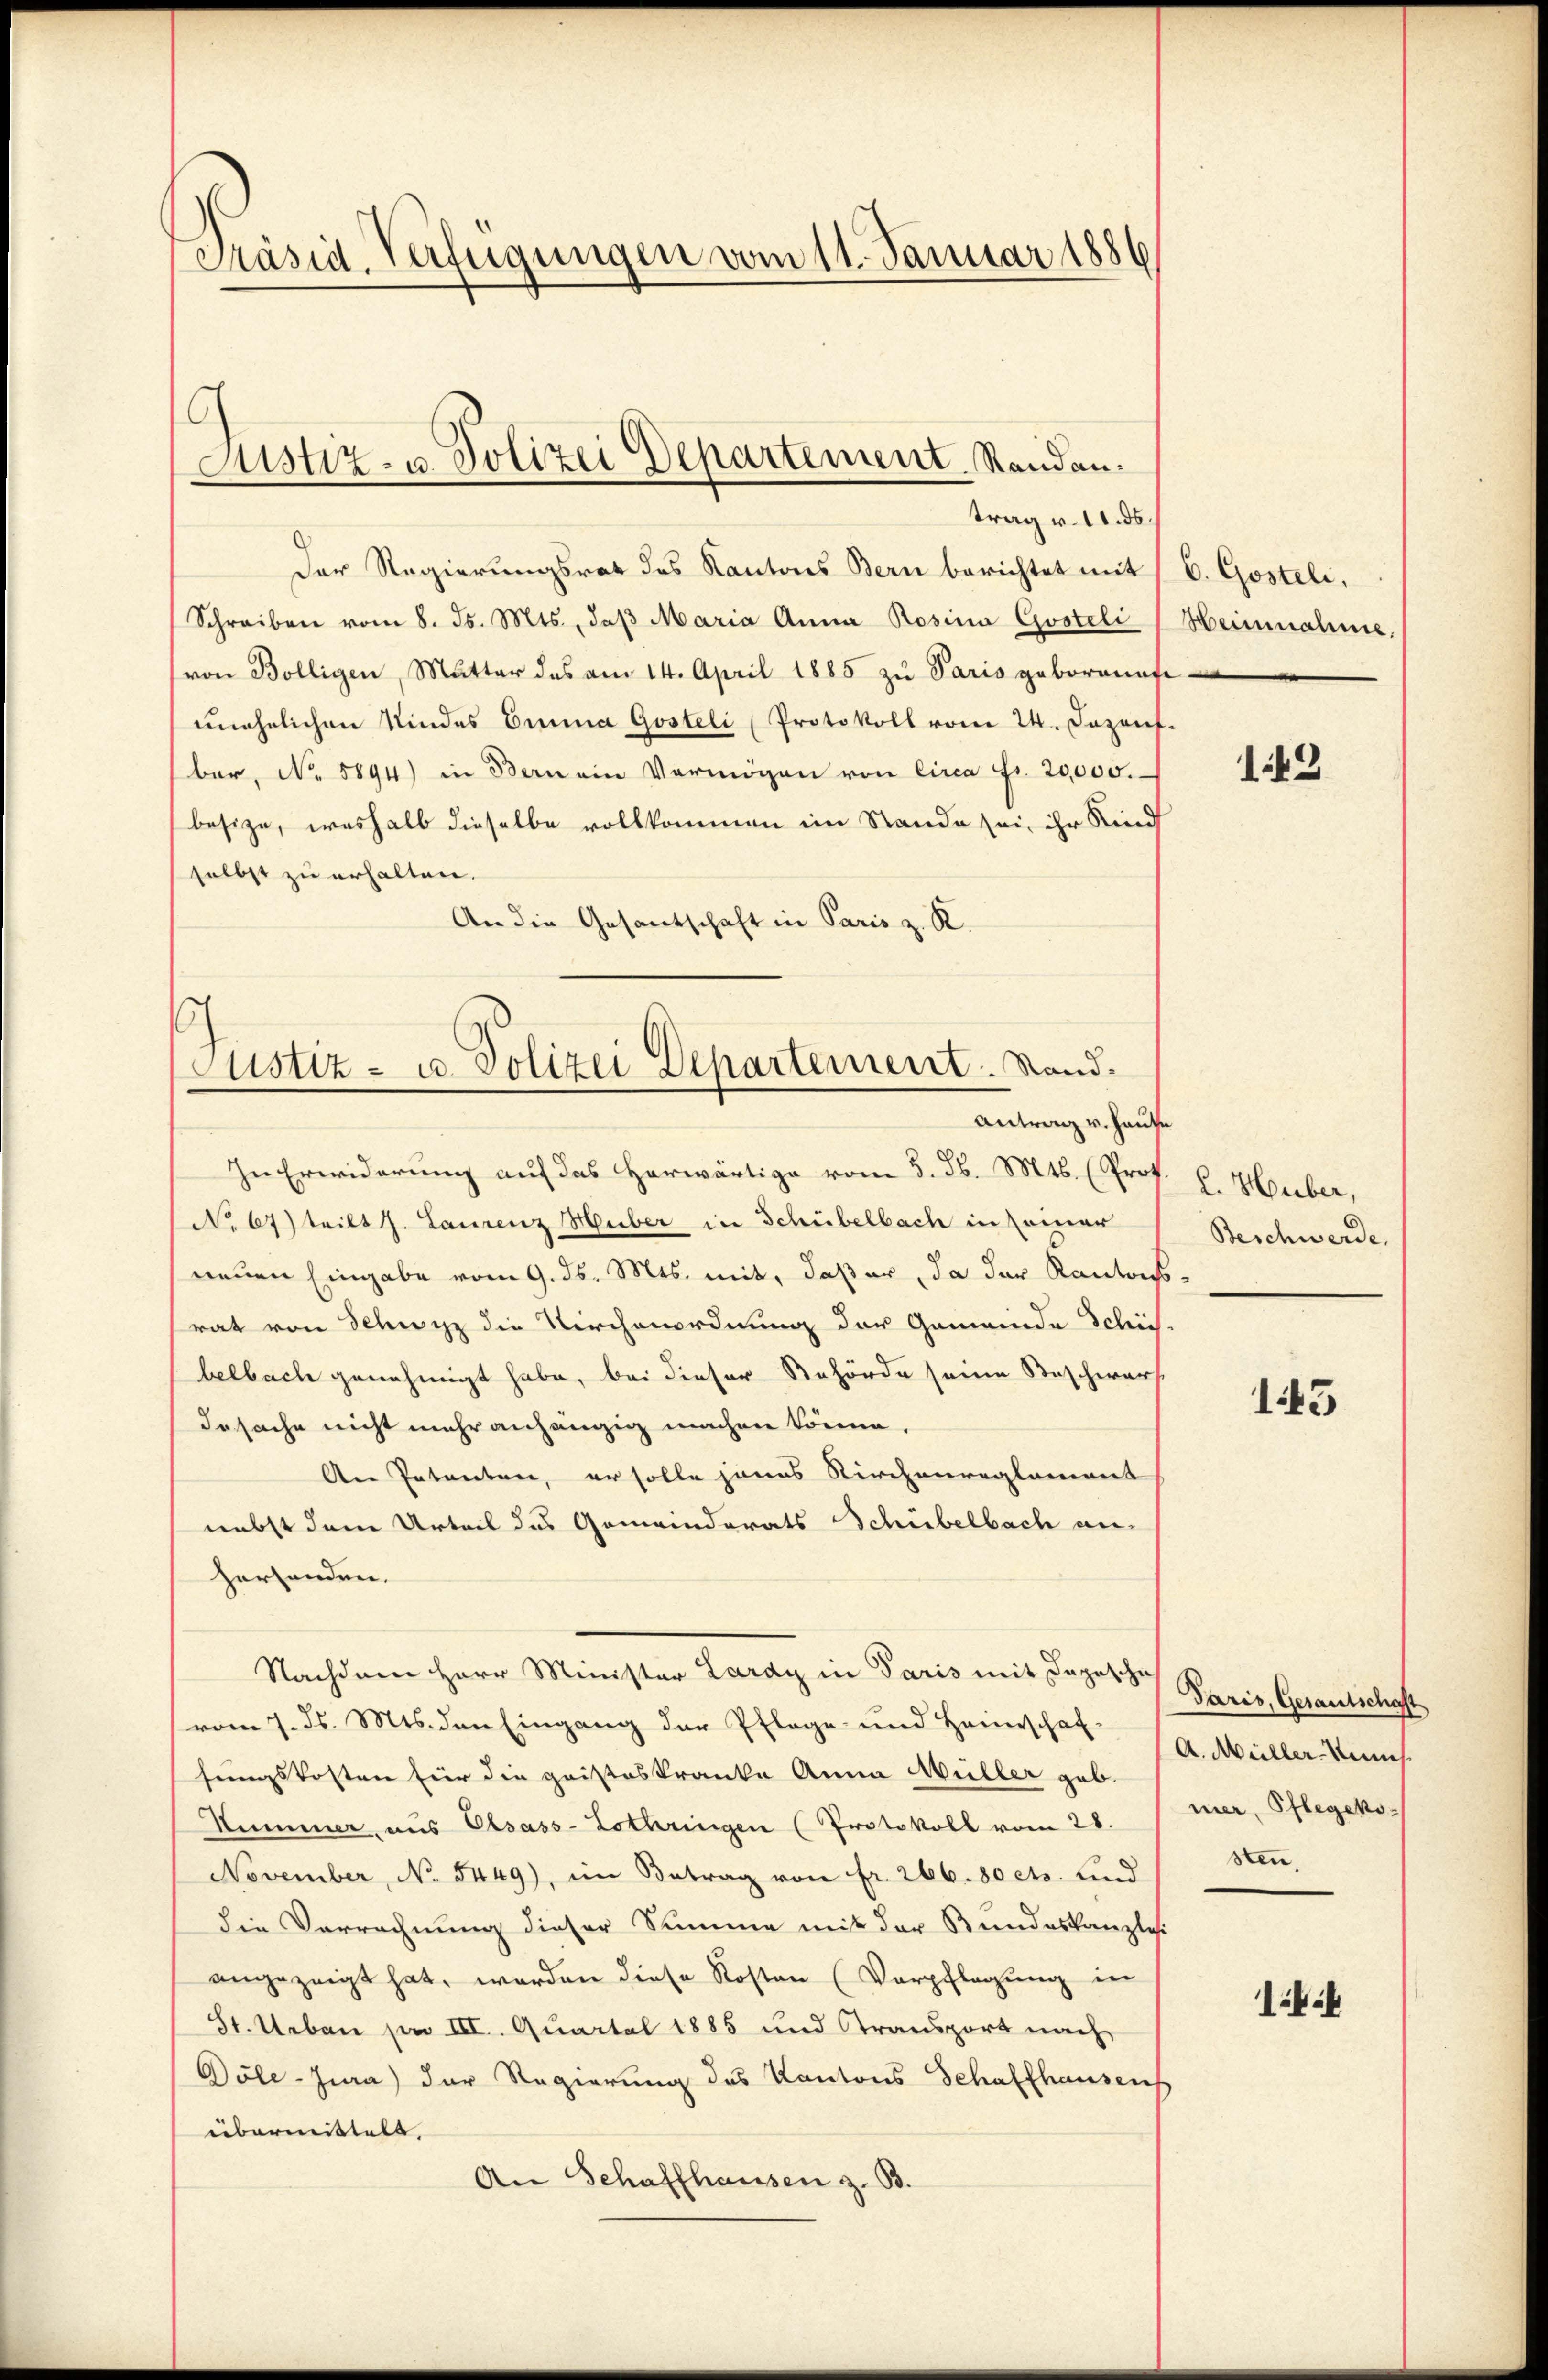
Präsid. Verfügungen vom 11. Januar 1886

Justiz- u. Polizei Departement. Randan¬

trag v. 11. ds.
Der Regierungsrat des Kantons Bern berichtet mit
Schreiben vom 8. Js. Mts., daß Maria Anna Rosina Gostoli
von Bölligen, Mutter des am 14. April 1885 zŭ Paris geborenef
unehelichen Kindes Einna Gosteli Protokoll vom 24. Jezent
ber, No. 5894) in Bern ein Vermögen von Circa Fr. 20,000.
besize, weshalb dieselbe vollkommen im Stande sei, ihr Kind
selbst zu erhalten.
An die Gesantschaft in Paris z. R.
In Erwiderung auf das Herwärtige vom 5. d. Mts. (Prot
No 67) teilt J. Laurenz Huber in Schübelbach in seiner
neuen Eingabe vom 9. ds. Mts. mit, daß er da der Kantons
rat von Schwyz die Kirchenordnung der Gemeinde Schie
belbach genehmigt habe, bei dieser Behörde seine Beschwerf
desache nicht mehr anhängig machen könne.
An Petenten, er solle jenes Kirchenreglement
nebst dem Urteil des Gemeindrats Schübelbach an-
herhanden.
Nachdem Herr Minister Lardy in Paris mit Depesche
vom 7. d. Mts. den Eingang der Pflege und Heinschaffungskosten für die geisteskranke Anna Müller gab.
Hummer, aus Olsass-Lothringen (Protokoll vom 28.
November, No. 5449), im Betrag von fr. 266. 80 cts. und
die Verrechnung dieser Summe mit der Bundeskanzles
angezeigt hat, worden diese Kosten (Verpflegung in
St. Neben pro III. Quartal 1885 und Transport nach
Pöle-Jura) der Regierung des Kantons Schaffhausen
übermittelt.
An Schaffhausen z. B.

.
Justiz- u. Polizei Departement. Stand.
Antrag v. Haus

b. Gosteli,
Heinnahme
e

.

143

L. Huber,
Beschwerde.
8

143

Paris, Gesantschaft
A. Müller-Kuns
mer, Pflegeko
sten.

1